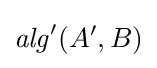
{\mathit {alg}}^{\prime }(A^{\prime },B)